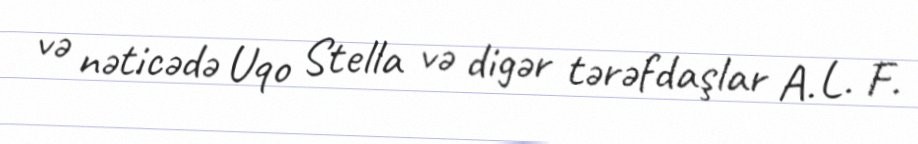
və nəticədə Uqo Stella və digər tərəfdaşlar A. L. F.